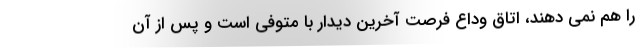
را هم نمی دهند، اتاق وداع فرصت آخرین دیدار با متوفی است و پس از آن